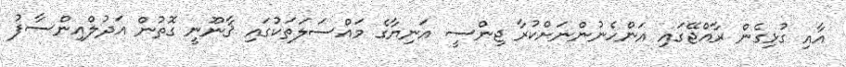
އާއި ގުޅިގެން ރާއްޖޭގައި އަންހެނުންނަށްކުރާ ޖިންސީ އަނިޔާގެ މައްސަލަތަކުގައި ޤާނޫނީ ގޮތުން އަދުލްއިންސާފު